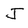
Character: J